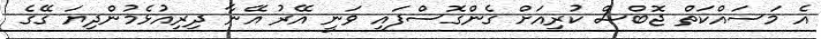
އެ މަސައްކަތް ޖޮބްސް ކުރިއަށް ގެންގޮސްފައި ވަނީ އޭރު އޭނާ ދިރިއުޅެމުންދިޔަ ގޭގެ